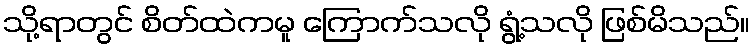
သို့ရာတွင် စိတ်ထဲကမူ ကြောက်သလို ရွံ့သလို ဖြစ်မိသည်။